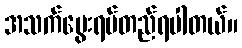
အသက်မွေးရပ်တည်ရပါတယ်။